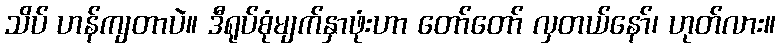
သိပ် ဟန်ကျတာပဲ။ ဒီရုပ်စုံမျက်နှာဖုံးဟာ တော်တော် လှတယ်နော်၊ ဟုတ်လား။